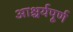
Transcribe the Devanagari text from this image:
आश्चर्यपूर्ण